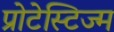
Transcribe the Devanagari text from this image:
प्रोटेस्टिज्म